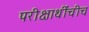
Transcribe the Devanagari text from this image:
परीक्षार्थींचीच